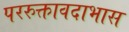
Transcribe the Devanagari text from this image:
पररुक्तावदाभास